Report on vaccination in Madras 1922-1929 - 1922-1929
Year: 1922
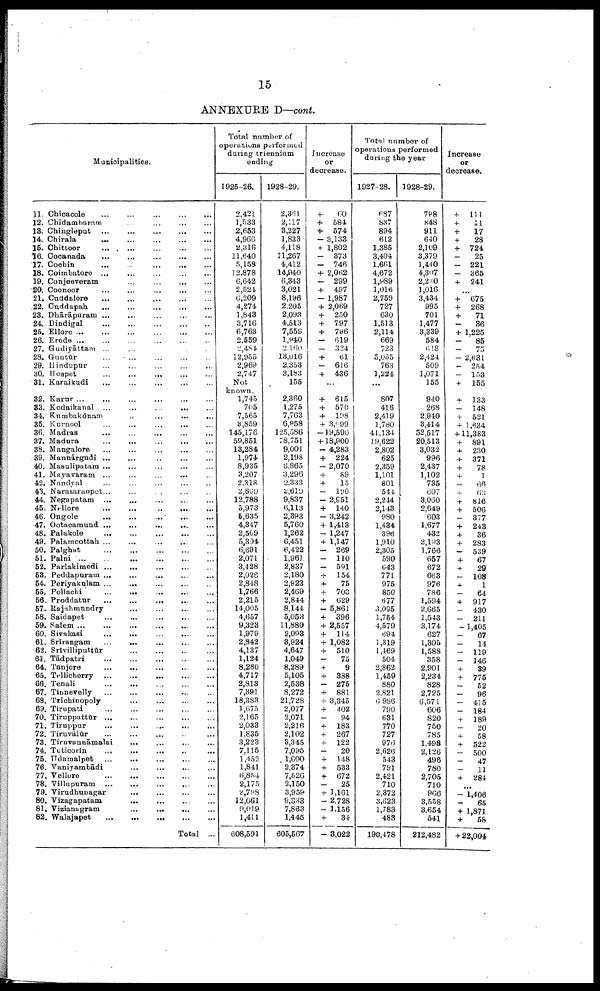
15
ANNEXURE D—cont.
Municipalities.
11.
12.
13.
14.
15.
16.
17.
18.
19.
20.
21.
22.
23.
24.
25.
26.
27.
28.
29.
30.
31.
32.
33.
34.
35.
36.
37.
38.
39.
40.
41.
42.
43.
44.
45.
46.
47.
48.
49.
50.
51.
52.
53.
54.
55.
56.
57.
58.
59.
60.
61.
62.
63.
64.
65.
66.
67.
68.
69.
70.
71.
72.
73
74.
75.
76.
77.
78.
79.
80.
81.
82.
Chicacole
...
...
...
...
...
Chidambaram
... ... ... ...
Chingleput ...
...
...
...
...
Chirala
...
...
...
...
...
Chittoor
...
...
...
...
...
Cocanada ... ... ... ... ...
Cochin
...
...
...
...
...
Coimbatore
...
...
...
...
...
Conjeeveram
...
...
...
...
Coonoor
...
...
...
...
...
Cuddalore
...
...
...
...
...
Cuddapah
...
...
...
...
...
Dhārāpuram
...
...
...
...
...
Dindigul
...
...
...
...
...
Ellore
...
...
...
...
...
...
Erode
...
...
...
...
...
...
Gudiyāttam ... ... ... ... ...
Guntūr
...
...
...
...
...
Hindupur
...
...
...
...
...
Hospet
...
...
...
...
...
Karaikudi
...
...
...
... ...
Karur
...
...
...
...
...
...
Kodaikanal ...
...
...
... ...
Kumbakōnam
... ... ... ... ...
Kurnool ... ... ... ... ...
Madras
...
...
...
...
...
Madura
...
...
...
...
...
Mangalore
...
...
...
...
...
Mannārgudi
...
...
...
...
...
Masulipabam ...
...
...
...
...
Mayavaram ...
...
...
... ...
Nandyal
...
...
...
...
...
Narasaraopet ... ... ... ... ...
Negapatam
...
...
...
...
...
Nellore
...
...
...
... ...
Ongole ... ... ... ... ...
Ootacamund ...
...
...
... ...
Palakole
...
...
...
...
...
Palamcottah ...
... ... ... ...
Palghat
...
...
...
...
...
Palni
...
...
...
...
...
...
Parlakimedi
...
...
...
...
...
Peddapuram
...
...
...
...
...
Periyakulam
...
...
...
...
...
Pollachi
...
...
...
...
...
Proddatur
...
...
...
...
...
Rajahmundry
...
...
...
...
Saidapet
...
...
...
...
...
Salem
...
...
...
...
...
...
Sivakasi
...
...
...
...
...
Srīrangam
...
...
...
...
...
Srīvilliputtūr ... ... ... ... ...
Tādpatri
...
...
...
...
...
Tanjore
...
... ... ... ...
Tellicherry
...
...
...
...
...
Tenali
...
...
...
...
...
Tinnevelly
...
...
...
...
...
Trichinopoly
...
...
...
...
Tirupati
...
...
...
...
...
Tiruppattūr
...
...
...
...
...
Tiruppur
...
... ... ... ...
Tiruvālūr
...
...
...
...
...
Tiruvannāmalai
...
...
...
...
Tuticorin
...
... ... ... ...
Udamalpet
...
... ... ... ...
Vaniyambādi
... ... ... ...
Vellore
...
...
...
...
...
Villupuram
...
...
...
...
...
Virudhunagar
...
...
...
...
Vizagapatam
...
...
...
...
Vizianagram
...
...
... ...
Walajapet
...
...
...
...
...
Total ...
Total number of
operations performed
during triennium
ending
1925-26.
2,421
1,533
2,653
4,966
2,316
11,640
5,158
12,878
6,642
2,524
6,209
4,274
1,843
3,716
6,763
2,559
2,484
12,955
2,969
2,747
Not
known.
1,745
705
7,565
3,859
145,176
59,851
13,284
1,974
8,935
3,207
2,318
2,809
12,788
5,973
5,635
4,347
2,509
5,304
6,691
2,071
3,428
2,026
2,848
1,766
2,215
14,005
4,657
9,323
1,979
2,842
4,137
1,124
8,280
4,717
2,813
7,391
18,383
1,675
2,165
2,033
1,835
3,223
7,115
1,452
1,841
6,854
2,175
2,798
12,061
9,019
1,411
608,591
1928-29.
2,361
2,117
3,227
1,833
4,118
11,267
4,412
14,940
6,343
3,021
8,196
2,205
2,093
4,513
7,559
1,940
2,160
13,016
2,353
3,183
155
2,360
1,275
7,763
6,958
125,586
78,751
9,001
2,198
6,865
3,296
2,333
2,619
9,837
6,113
2,393
5,760
1,262
6,451
6,422
1,961
2,837
2,180
2,923
2,469
2,844
8,144
5,053
11,880
2,093
3,924
4,647
1,049
8,289
5,105
2,538
8,272
21,728
2,077
2,071
2,216
2,102
3,345
7,095
1,600
2,374
7,526
2,150
3,959
9,333
7,863
1,445
605,567
Increase
or
decrease.
+
60
+ 584
+ 574
- 3,133
+ 1,802
-
373
-
746
+ 2,062
-
299
+ 497
- 1,987
+ 2,069
+ 250
+ 797
+ 796
-
619
-
324
+
61
-
616
+ 436
...
+ 615
+ 570
+ 198
+ 3,099
-19,590
+18,900
- 4,283
+ 224
- 2,070
+
89
+
15
-
190
- 2,951
+ 140
- 3,242
+ 1,413
- 1,247
+ 1,147
-
269
-
110
-
591
+ 154
+
75
+ 703
+ 629
- 5,861
+ 396
+ 2,557
+ 114
+ 1,082
+ 510
-
75
+
9
+ 388
-
275
+ 881
+ 3,345
+ 402
-94
+ 183
+ 267
+ 122
-
20
+ 148
+ 533
+ 672
-
25
+ 1,161
- 2,728
- 1,156
+
34
- 3,022
Total number of
operations performed
during the year
1927-28.
687
837
894
612
1,385
3,404
1,661
4,672
1,989
1,016
2,759
727
630
1,513
2,114
669
723
5,055
763
1,224
...
807
416
2,419
1,780
41,134
19,622
2,802
625
2,359
1,101
801
544
2,244
2,143
980
1,434
396
1,910
2,305
590
643
771
975
850
677
3,095
1,754
4,579
694
1,319
1,469
504
2,862
1,459
880
2,821
6,986
790
631
770
727
976
2,626
543
791
2,421
710
2,372
3,623
1,783
483
190,478
1928-29.
798
848
911
640
2,109
3,379
1,440
4,307
2,230
1,016
3,434
995
701
1,477
3,339
584
618
2,424
509
1,071
155
940
268
2,940
3,414
52,517
20,513
3,032
996
2,437
1,102
735
607
3,060
2,649
603
1,677
482
2,193
1,766
657
672
663
976
786
1,594
2,665
1,543
3,174
627
1,305
1,588
358
2,901
2,234
828
2,725
6,571
606
820
750
785
1,498
2,126
496
780
2,705
710
966
3,558
3,654
541
212,482
Increase
or
decrease.
+ 111
+
11
+
17
+
28
+ 724
-
25
-
221
-
365
+ 241
...
+ 675
+ 268
+
71
-
36
+ 1,225
-
85
-
75
- 2,631
-
254
-
153
+ 155
+ 133
-
148
+ 521
+ 1,634
+ 11,383
+ 891
+ 230
+ 371
+
78
+
1
-
66
+
63
+ 816
+ 506
-
377
+ 243
+
36
+ 283
-
539
+
67
+
29
-
108
+
1
-
64
+ 917
-
430
-
211
- 1,405
-
67
-14
-
119
-
146
+
39
+ 775
-52
-
96
-
415
-
184
+ 189
-
20
+
58
+ 522
-
500
-47
-11
+ 284
...
- 1,406
-
65
+ 1,871
+
58
+ 22,004